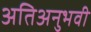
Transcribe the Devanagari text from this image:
अतिअनुभवी